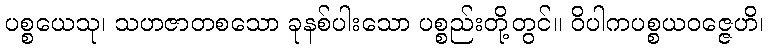
ပစ္စယေသု၊ သဟဇာတစသော ခုနစ်ပါးသော ပစ္စည်းတို့တွင်။ ဝိပါကပစ္စယဝဇ္ဇေဟိ၊